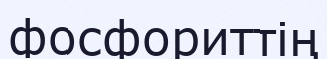
фосфориттің